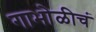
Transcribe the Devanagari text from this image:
गाभोळीचं